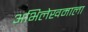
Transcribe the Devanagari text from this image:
अभिलेखमाला